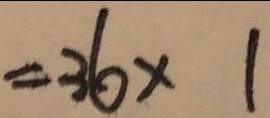
= 3 6 \times 1